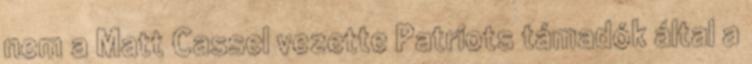
nem a Matt Cassel vezette Patriots támadók által a